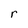
Character: r